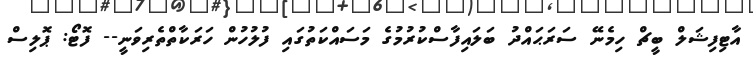
އާޓިފިޝަލް ބީޗް ހިމެނޭ ސަރަޙައްދު ބަލައިފާސްކުރުމުގެ މަސައްކަތުގައި ފުލުހުން ހަރަކާތްތެރިވަނީ-- ފޮޓޯ: ޕޮލިސް